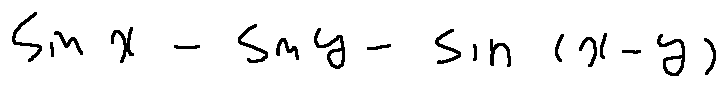
\sin x - \sin y - \sin ( x - y )